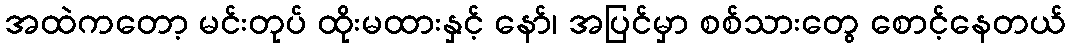
အထဲကတော့ မင်းတုပ် ထိုးမထားနှင့် နော်၊ အပြင်မှာ စစ်သားတွေ စောင့်နေတယ်